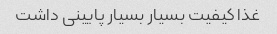
غذا کیفیت بسیار بسیار پایینی داشت